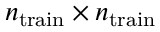
n _ { \mathrm { t r a i n } } \times n _ { \mathrm { t r a i n } }